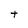
Character: t